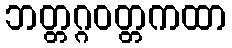
ဘတ္တဂ္ဂဝတ္တကထာ